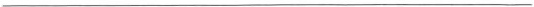
___